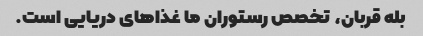
بله قربان، تخصص رستوران ما غذاهای دریایی است.